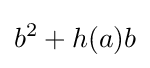
b^{2}+h(a)b